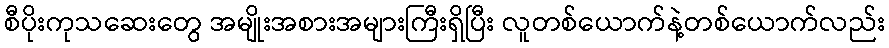
စီပိုးကုသဆေးတွေ အမျိုးအစားအများကြီးရှိပြီး လူတစ်ယောက်နဲ့တစ်ယောက်လည်း